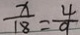
\frac { x } { 1 8 } = \frac { 4 } { 9 }